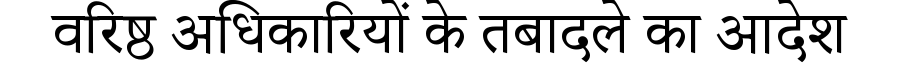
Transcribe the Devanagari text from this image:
वरिष्ठ अधिकारियों के तबादले का आदेश